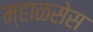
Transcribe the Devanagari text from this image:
म्हाळसेस